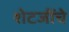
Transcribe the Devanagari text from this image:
शेटजींचे